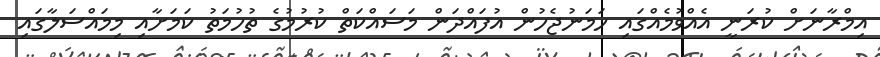
އިމްރާނަށް ކުރަނީ އެއްވުމެއްގައި ހަމަނުޖެހުން އުފައްދަން މަސައްކަތް ކުރުމުގެ ތުހުމަތު ކަމަށާއި މިމައްސަލާގައި